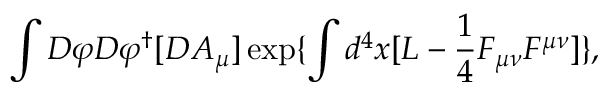
\int { \cal D } \varphi { \cal D } \varphi ^ { \dagger } [ { \cal D } A _ { \mu } ] \exp \{ \int d ^ { 4 } x [ { \cal L } - \frac { 1 } { 4 } F _ { \mu \nu } F ^ { \mu \nu } ] \} ,